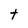
Character: t